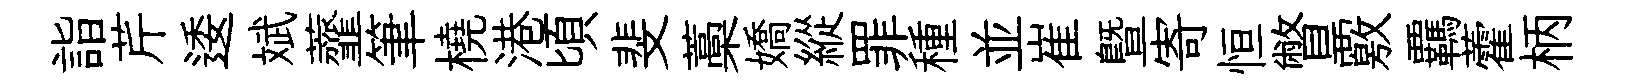
詣芹逶斌虀筆橈港頃斐藁嬌縱罪種並崔暨寄恒瞥覈覊藿柄